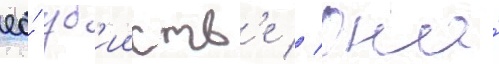
ео́ уб'ииств'е // Она́